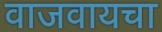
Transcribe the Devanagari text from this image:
वाजवायचा